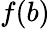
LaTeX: f(b)